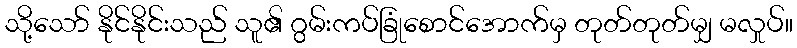
သို့သော် နိုင်နိုင်းသည် သူ၏ ဂွမ်းကပ်ခြုံစောင်အောက်မှ တုတ်တုတ်မျှ မလှုပ်။